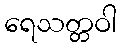
ရေသတ္တဝါ